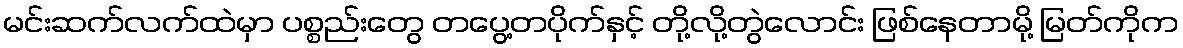
မင်းဆက်လက်ထဲမှာ ပစ္စည်းတွေ တပွေ့တပိုက်နှင့် တို့လို့တွဲလောင်း ဖြစ်နေတာမို့ မြတ်ကိုက